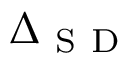
\Delta _ { \mathrm { ~ S ~ D ~ } }